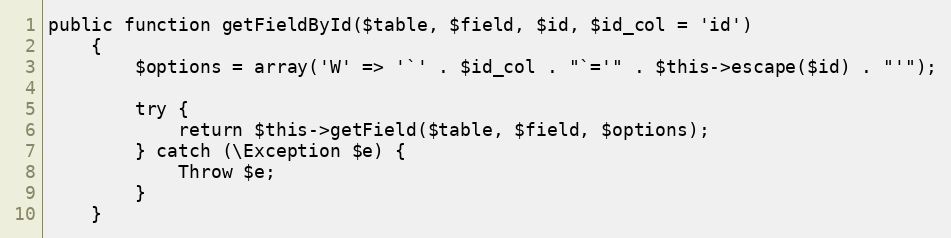
Language: PHP
public function getFieldById($table, $field, $id, $id_col = 'id')
    {
        $options = array('W' => '`' . $id_col . "`='" . $this->escape($id) . "'");

        try {
            return $this->getField($table, $field, $options);
        } catch (\Exception $e) {
            Throw $e;
        }
    }